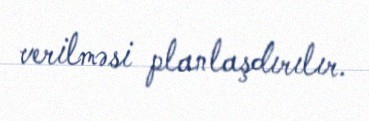
verilməsi planlaşdırılır.